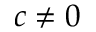
c \neq 0